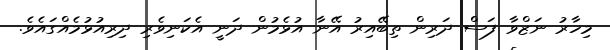
މިހާރު ނަޒްވާ ފަސް ދަރިން ތިބޭއިރު އޭނާ އުޅެމުން ދަނީ އެކަނިވެރި ދިރިއުޅުމެއްގައެވެ.